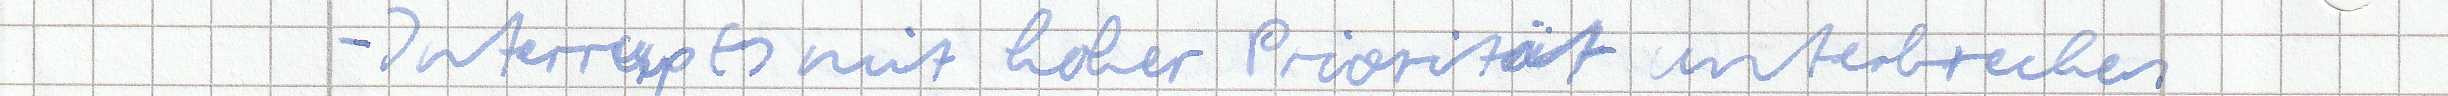
- Interrupts mit hoher Priorität unterbrechen